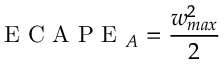
\mathrm { ~ E ~ C ~ A ~ P ~ E ~ } _ { A } = \frac { w _ { m a x } ^ { 2 } } { 2 }